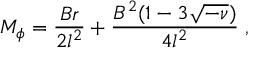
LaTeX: M _ { \phi } = \frac { B r } { 2 l ^ { 2 } } + \frac { B ^ { 2 } ( 1 - 3 \sqrt { - \nu } ) } { 4 l ^ { 2 } } \; ,